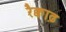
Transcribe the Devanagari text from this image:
रैक्वाढ़